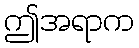
ဤအရာက